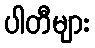
ပါတီများ